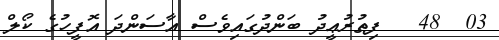
03  48   ފިޠުރުޢީދު ބަންދުގައިވެސް އާސަންދަ އޮފީހުގެ ކޯލް